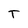
Character: T